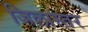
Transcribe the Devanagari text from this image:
जिलास्तर